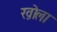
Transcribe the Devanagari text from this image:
ख़ोला